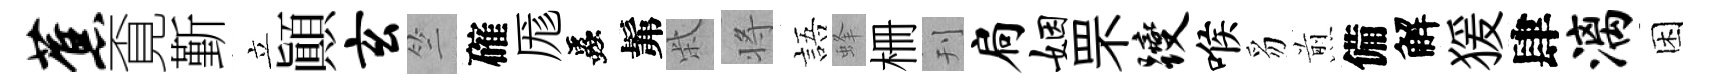
蕉覔斳立顚玄竺確厖蟲髴柴将語蜂栅刊扃姻罘躞喉豸煎備解猨肆漓困